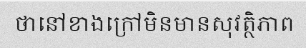
ថានៅខាងក្រៅមិនមានសុវត្ថិភាព